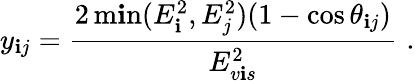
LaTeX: y_{\mathbf{i}j}=\frac{{2\operatorname*{m\mathbf{i}n}(E_{\mathbf{i}}^{2},E_{j}^{2})(1-\cos\theta_{\mathbf{i}j})}}{{E_{v\mathbf{i}s}^{2}}}\, \, .